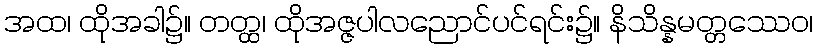
အထ၊ ထိုအခါ၌။ တတ္ထ၊ ထိုအဇ္ဇပါလညောင်ပင်ရင်း၌။ နိသိန္နမတ္တဿေဝ၊